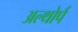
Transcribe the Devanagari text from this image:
अल्थोर्प